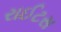
રાઈટસ